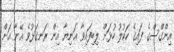
އިންގްސްގެ ފައިގެ ކަކުލު ހުޅަށް ލިބިފައިވާ އަނިޔާ އިން ރަނގަޅުވެ އޭނާ އަށް